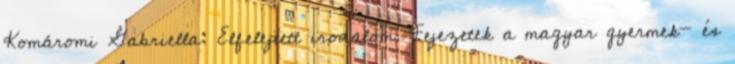
Komáromi Gabriella: Elfelejtett irodalom. Fejezetek a magyar gyermek- és